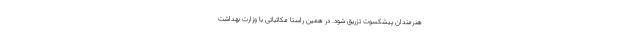
هنرمندان پیشکسوت تزریق شود. در همین راستا مکاتباتی با وزارت بهداشت